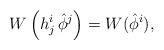
LaTeX: \begin{align*}W \left( h^i_j\, \hat \phi^j \right) = W(\hat \phi^i),\end{align*}